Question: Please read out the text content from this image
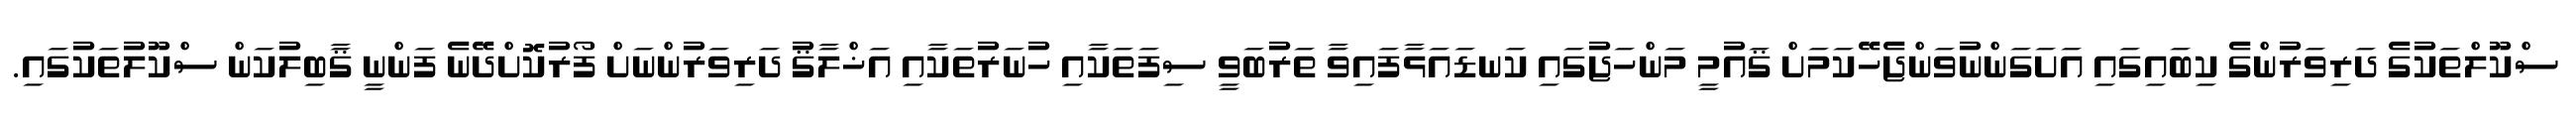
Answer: ސްކޫލްތަކުގެ ދަރިވަރުންގެ ކިބައިގައި އަށަގަންނުވަންޖެހޭކަމަށް ޤައުމީ މަންހަޖުގައި ކަނޑައަޅާފައިވާ ތަރުބަވީ ސިފަތަކާއި ހުނަރުތަކާއި އަޚްލާޤު ދަރިވަރުންނަށް ފޯރުކޮށްދޭނެ ފަންނީ ޤާބިލުކަން ސްކޫލުތަކުގައި.